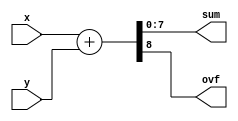
`timescale 1ns / 1ps

module adder_8_bits(
    output [7:0] sum,
    output ovf,
    input [7:0] x, y
    );
    
    assign {ovf, sum} = x + y;
    
endmodule